Voisiku_vallavalitsus, lk 15
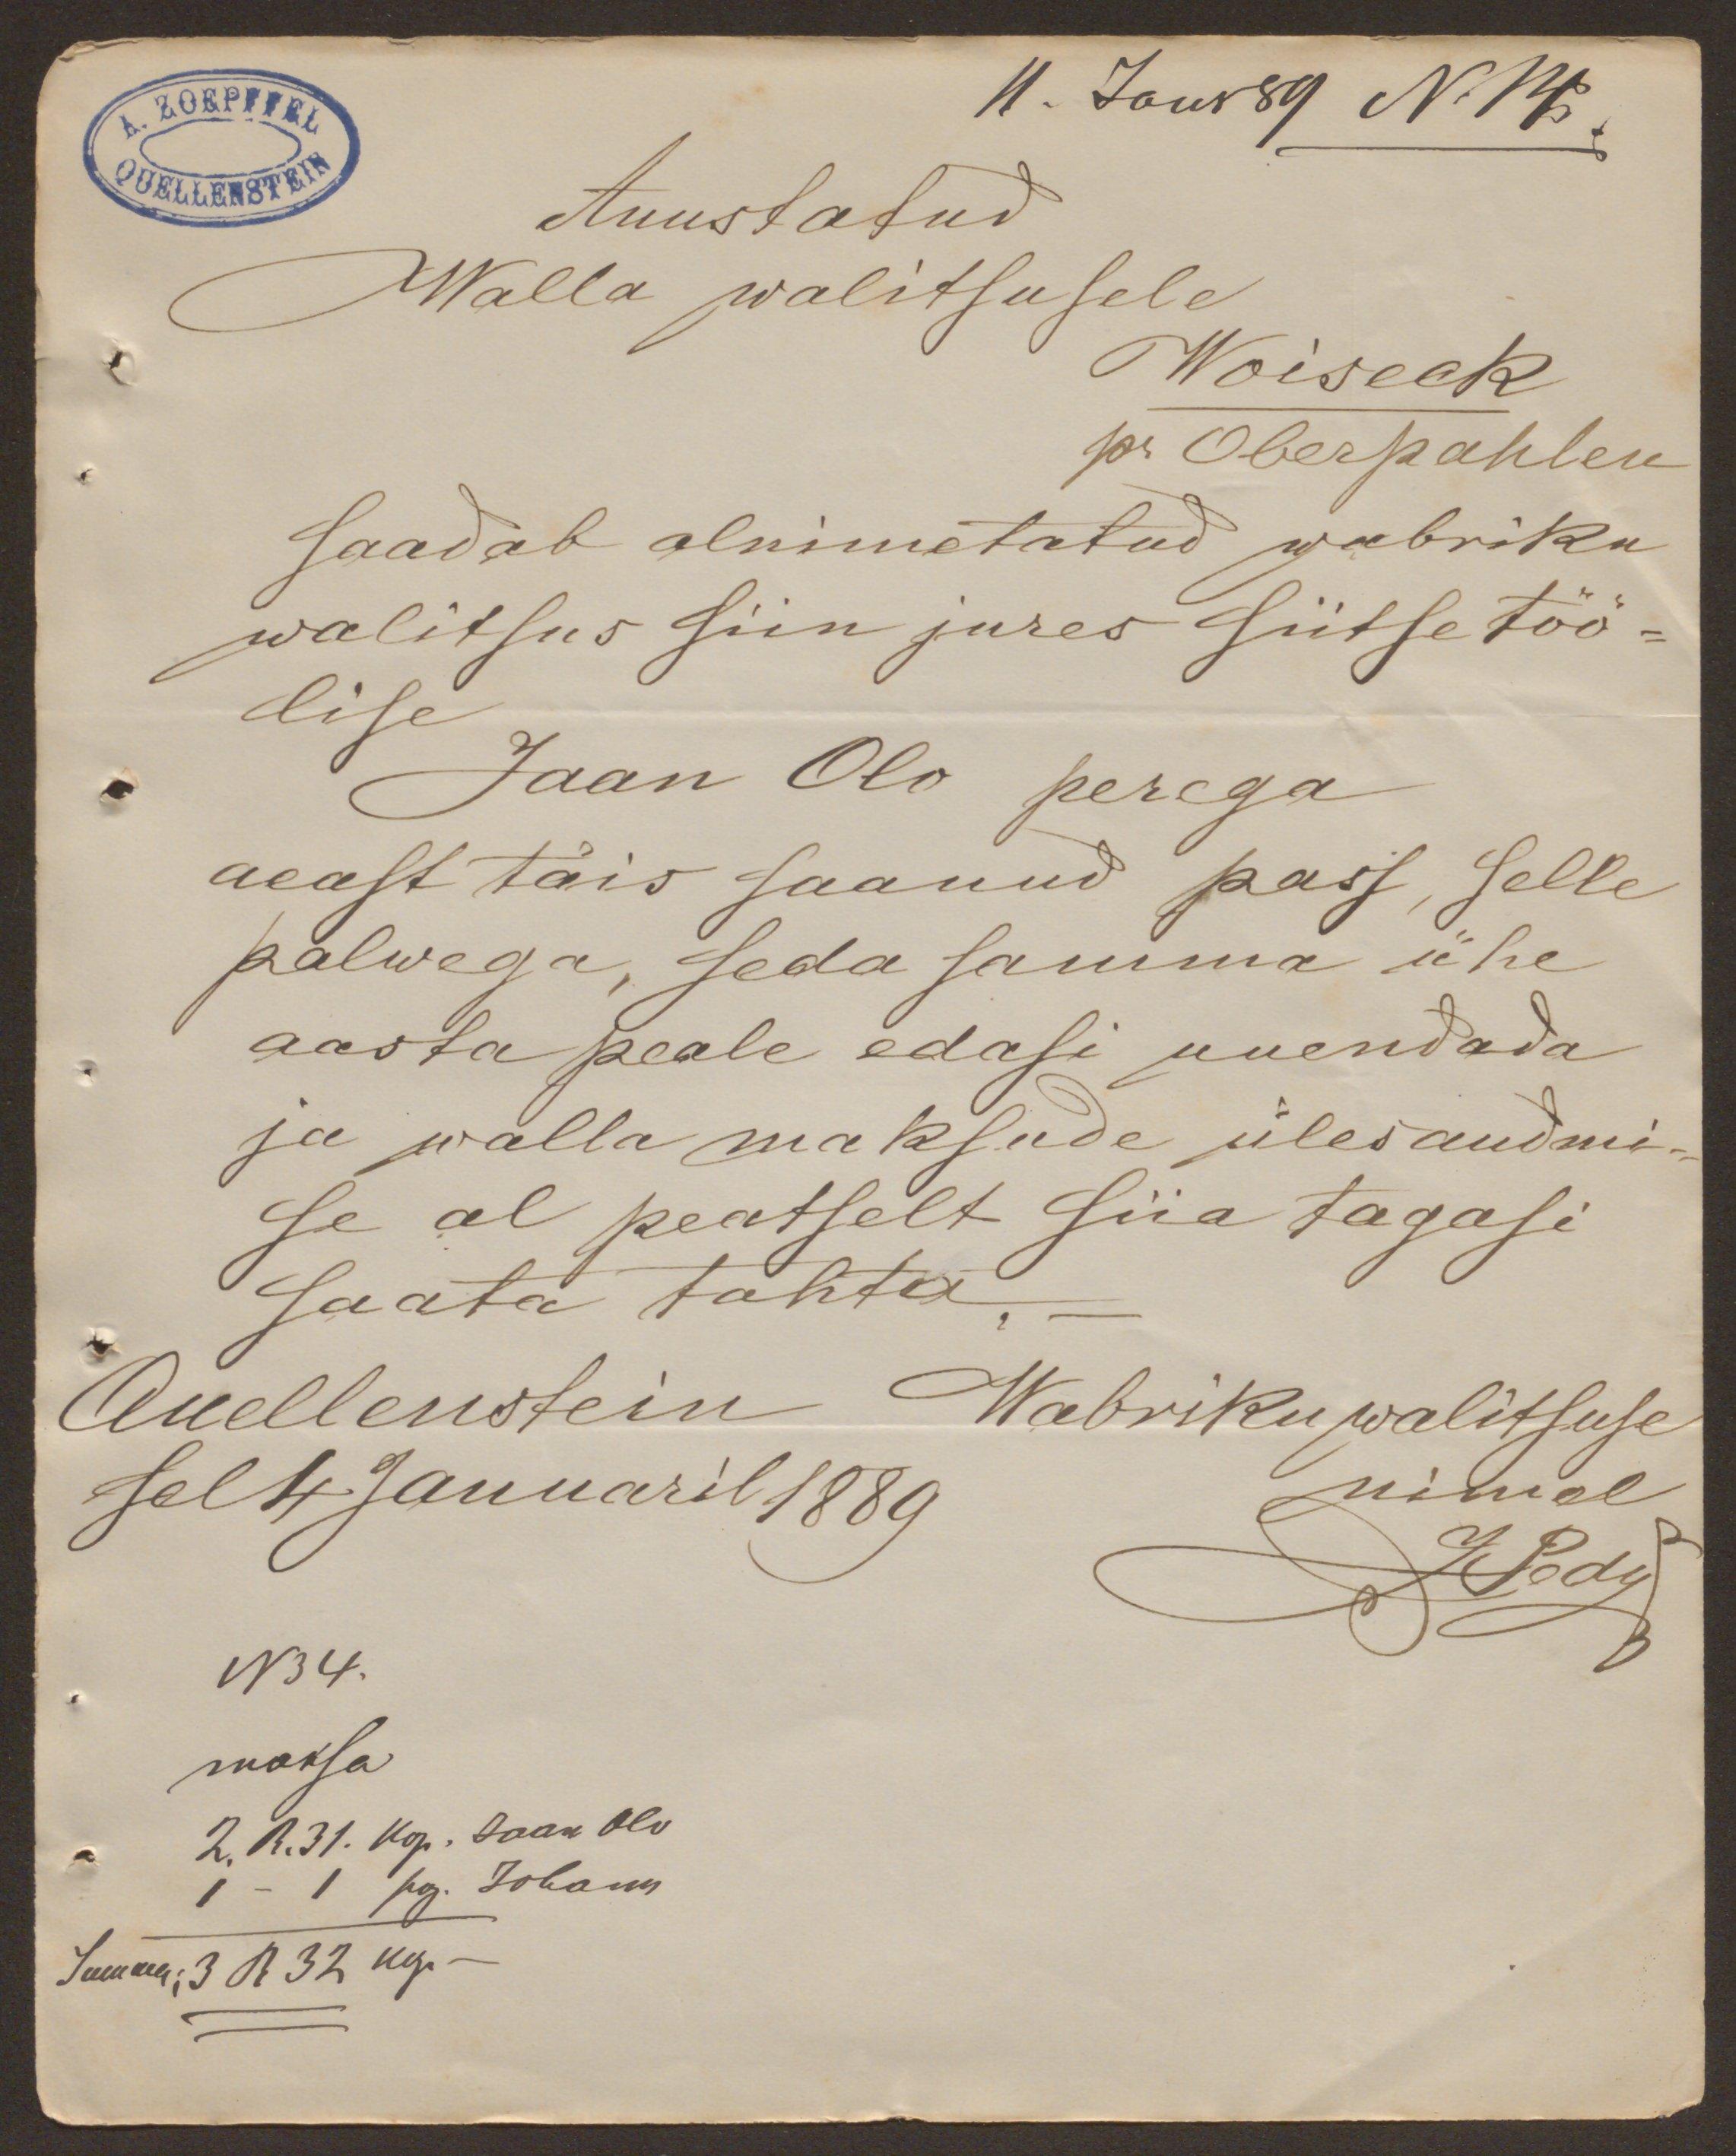
11. Janr 89 N. 14.
Auustatud
Walla walitsusele
Woiseck
pr. Oberpahlen
Saadab alnimetatud wabriku
walitsus siin jures siitse töö-
lise
Jaan Olo perega
aeast täis saanud pass, selle
palwega, seda samma ühe
aasta peale edasi uuendada
ja walla maksude ülesandmi-
se al peatselt siia tagasi
saata tahta
Quellenstein
Wabriku walitsuse
sel 4 Januaril 1889
nimel
J. Pody
N 34.
maksa
2. R. 31. Kop. Jaan Olo
1 - 1 pg. Johann
Summa: 3 R 32 kop.